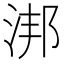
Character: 𣵮